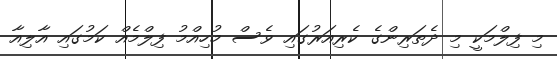
މި ފިލްމަކީ މި ދެތަރިންގެ ކެރިއަރުގައި ވެސް މުހިއްމު ފިލްމެއް ކަމުގައި އާލިއާ